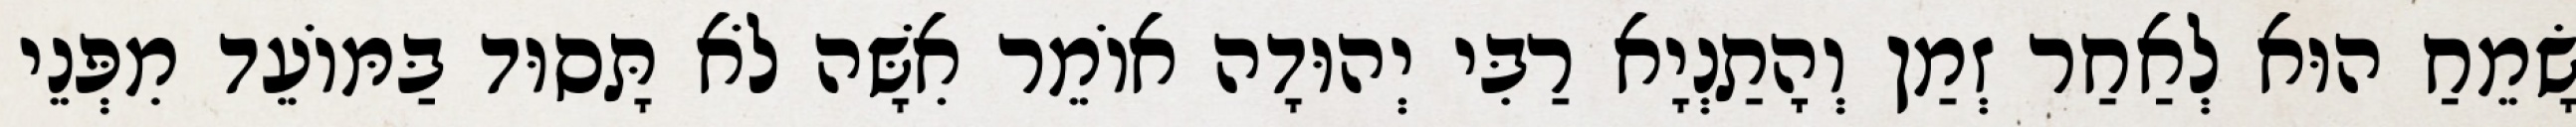
שָׂמֵחַ הוּא לְאַחַר זְמַן וְהָתַנְיָא רַבִּי יְהוּדָה אוֹמֵר אִשָּׁה לֹא תָּסוּד בַּמּוֹעֵד מִפְּנֵי